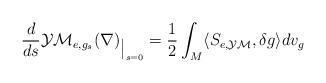
LaTeX: \begin{align*}\begin{aligned}\frac{d}{ds}\mathcal{YM}_{e,g_s }({\nabla} )_{\big {|}_{s =0}} & = \frac 12\int_M\langle S_{e,\mathcal{YM} },\delta g\rangle dv_g\end{aligned}\end{align*}